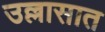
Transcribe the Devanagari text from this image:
उल्लासात